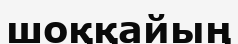
шоққайың